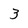
Character: 3